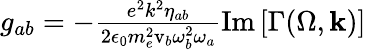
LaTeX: \begin{array}{r}{g_{ab}=-\frac{e^{2}k^{2}\eta_{ab}}{2\epsilon_{0}m_{e}^{2}\mathrm{v}_{b}\omega_{b}^{2}\omega_{a}}\mathrm{Im}\left[\Gamma(\Omega,\mathbf{k})\right]}\end{array}